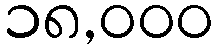
၁၈,၀၀၀